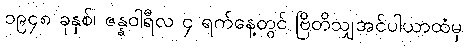
၁၉၄၈ ခုနှစ်၊ ဇန္နဝါရီလ ၄ ရက်နေ့တွင် ဗြိတိသျှအင်ပါယာထံမှ